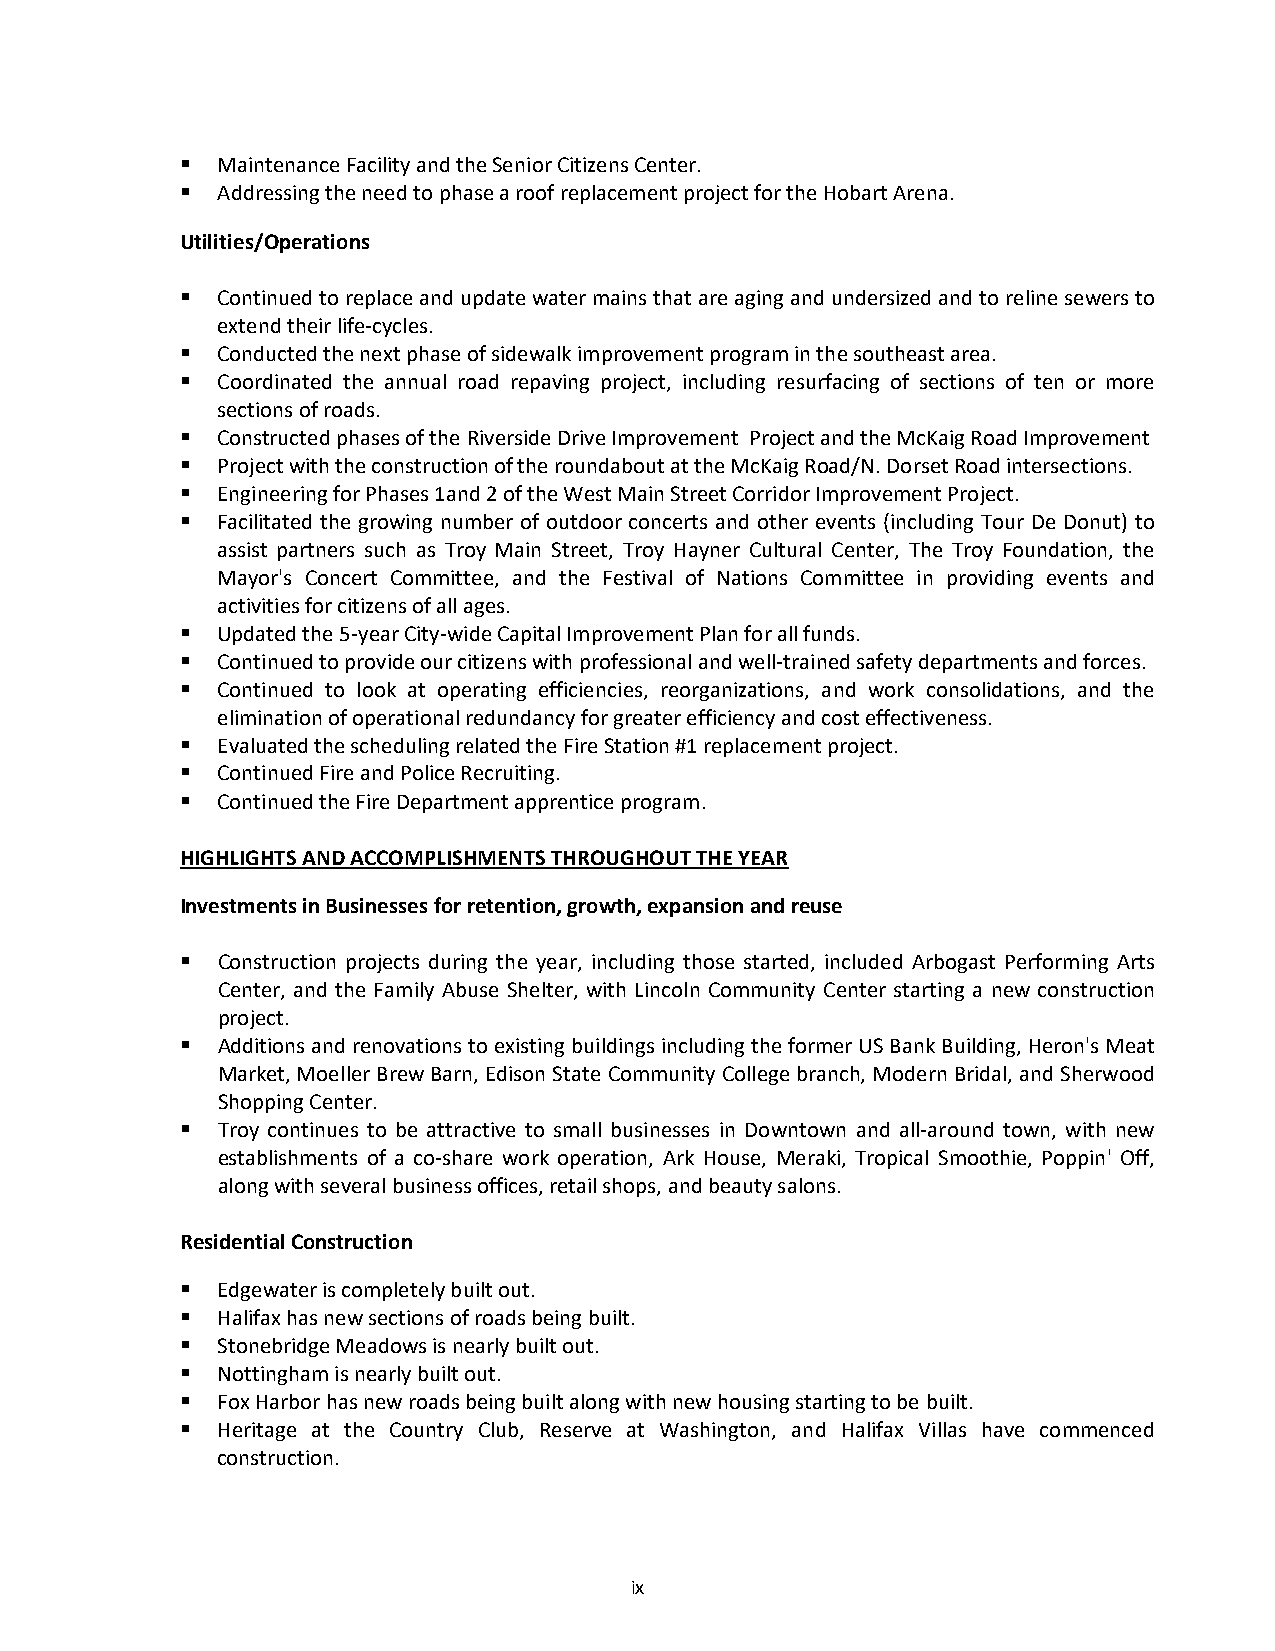
 Maintenance Facility and the Senior Citizens Center.
  Addressing the need to phase a roof replacement project for the Hobart Arena.
 Utilities/Operations
  Continued to replace and update water mains that are aging and undersized and to reline sewers to
 extend their life‐cycles.
  Conducted the next phase of sidewalk improvement program in the southeast area.
  Coordinated the annual road repaving project, including resurfacing of sections of ten or more
 sections of roads.
  Constructed phases of the Riverside Drive Improvement Project and the McKaig Road Improvement
  Project with the construction of the roundabout at the McKaig Road/N. Dorset Road intersections.
  Engineering for Phases 1and 2 of the West Main Street Corridor Improvement Project.
  Facilitated the growing number of outdoor concerts and other events (including Tour De Donut) to
 assist partners such as Troy Main Street, Troy Hayner Cultural Center, The Troy Foundation, the
 Mayor's Concert Committee, and the Festival of Nations Committee in providing events and
 activities for citizens of all ages.
  Updated the 5‐year City‐wide Capital Improvement Plan for all funds.
  Continued to provide our citizens with professional and well‐trained safety departments and forces.
  Continued to look at operating efficiencies, reorganizations, and work consolidations, and the
 elimination of operational redundancy for greater efficiency and cost effectiveness.
  Evaluated the scheduling related the Fire Station #1 replacement project.
  Continued Fire and Police Recruiting.
  Continued the Fire Department apprentice program.
 HIGHLIGHTS AND ACCOMPLISHMENTS THROUGHOUT THE YEAR
 Investments in Businesses for retention, growth, expansion and reuse
  Construction projects during the year, including those started, included Arbogast Performing Arts
 Center, and the Family Abuse Shelter, with Lincoln Community Center starting a new construction
 project.
  Additions and renovations to existing buildings including the former US Bank Building, Heron's Meat
 Market, Moeller Brew Barn, Edison State Community College branch, Modern Bridal, and Sherwood
 Shopping Center.
  Troy continues to be attractive to small businesses in Downtown and all‐around town, with new
 establishments of a co‐share work operation, Ark House, Meraki, Tropical Smoothie, Poppin' Off,
 along with several business offices, retail shops, and beauty salons.
 Residential Construction
  Edgewater is completely built out.
  Halifax has new sections of roads being built.
  Stonebridge Meadows is nearly built out.
  Nottingham is nearly built out.
  Fox Harbor has new roads being built along with new housing starting to be built.
  Heritage at the Country Club, Reserve at Washington, and Halifax Villas have commenced
 construction.
 ix